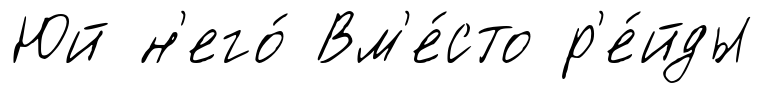
Юй н'его́ Вм'е́сто р'е́йды